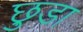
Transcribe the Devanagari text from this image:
छ़ुडा